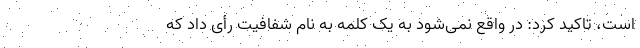
است، تاکید کرد: در واقع نمی‌شود به یک کلمه به نام شفافیت رأی داد که